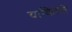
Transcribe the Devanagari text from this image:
याकितेते